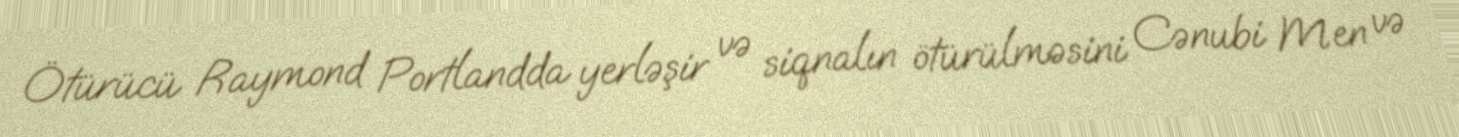
Ötürücü Raymond Portlandda yerləşir və siqnalın ötürülməsini Cənubi Men və